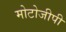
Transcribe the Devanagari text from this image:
मोटोजीपी